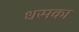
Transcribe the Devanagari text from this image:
धसका